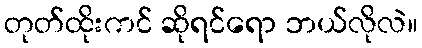
တုတ်ထိုးကင် ဆိုရင်ရော ဘယ်လိုလဲ။